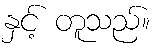
နှင့် တူသည်။